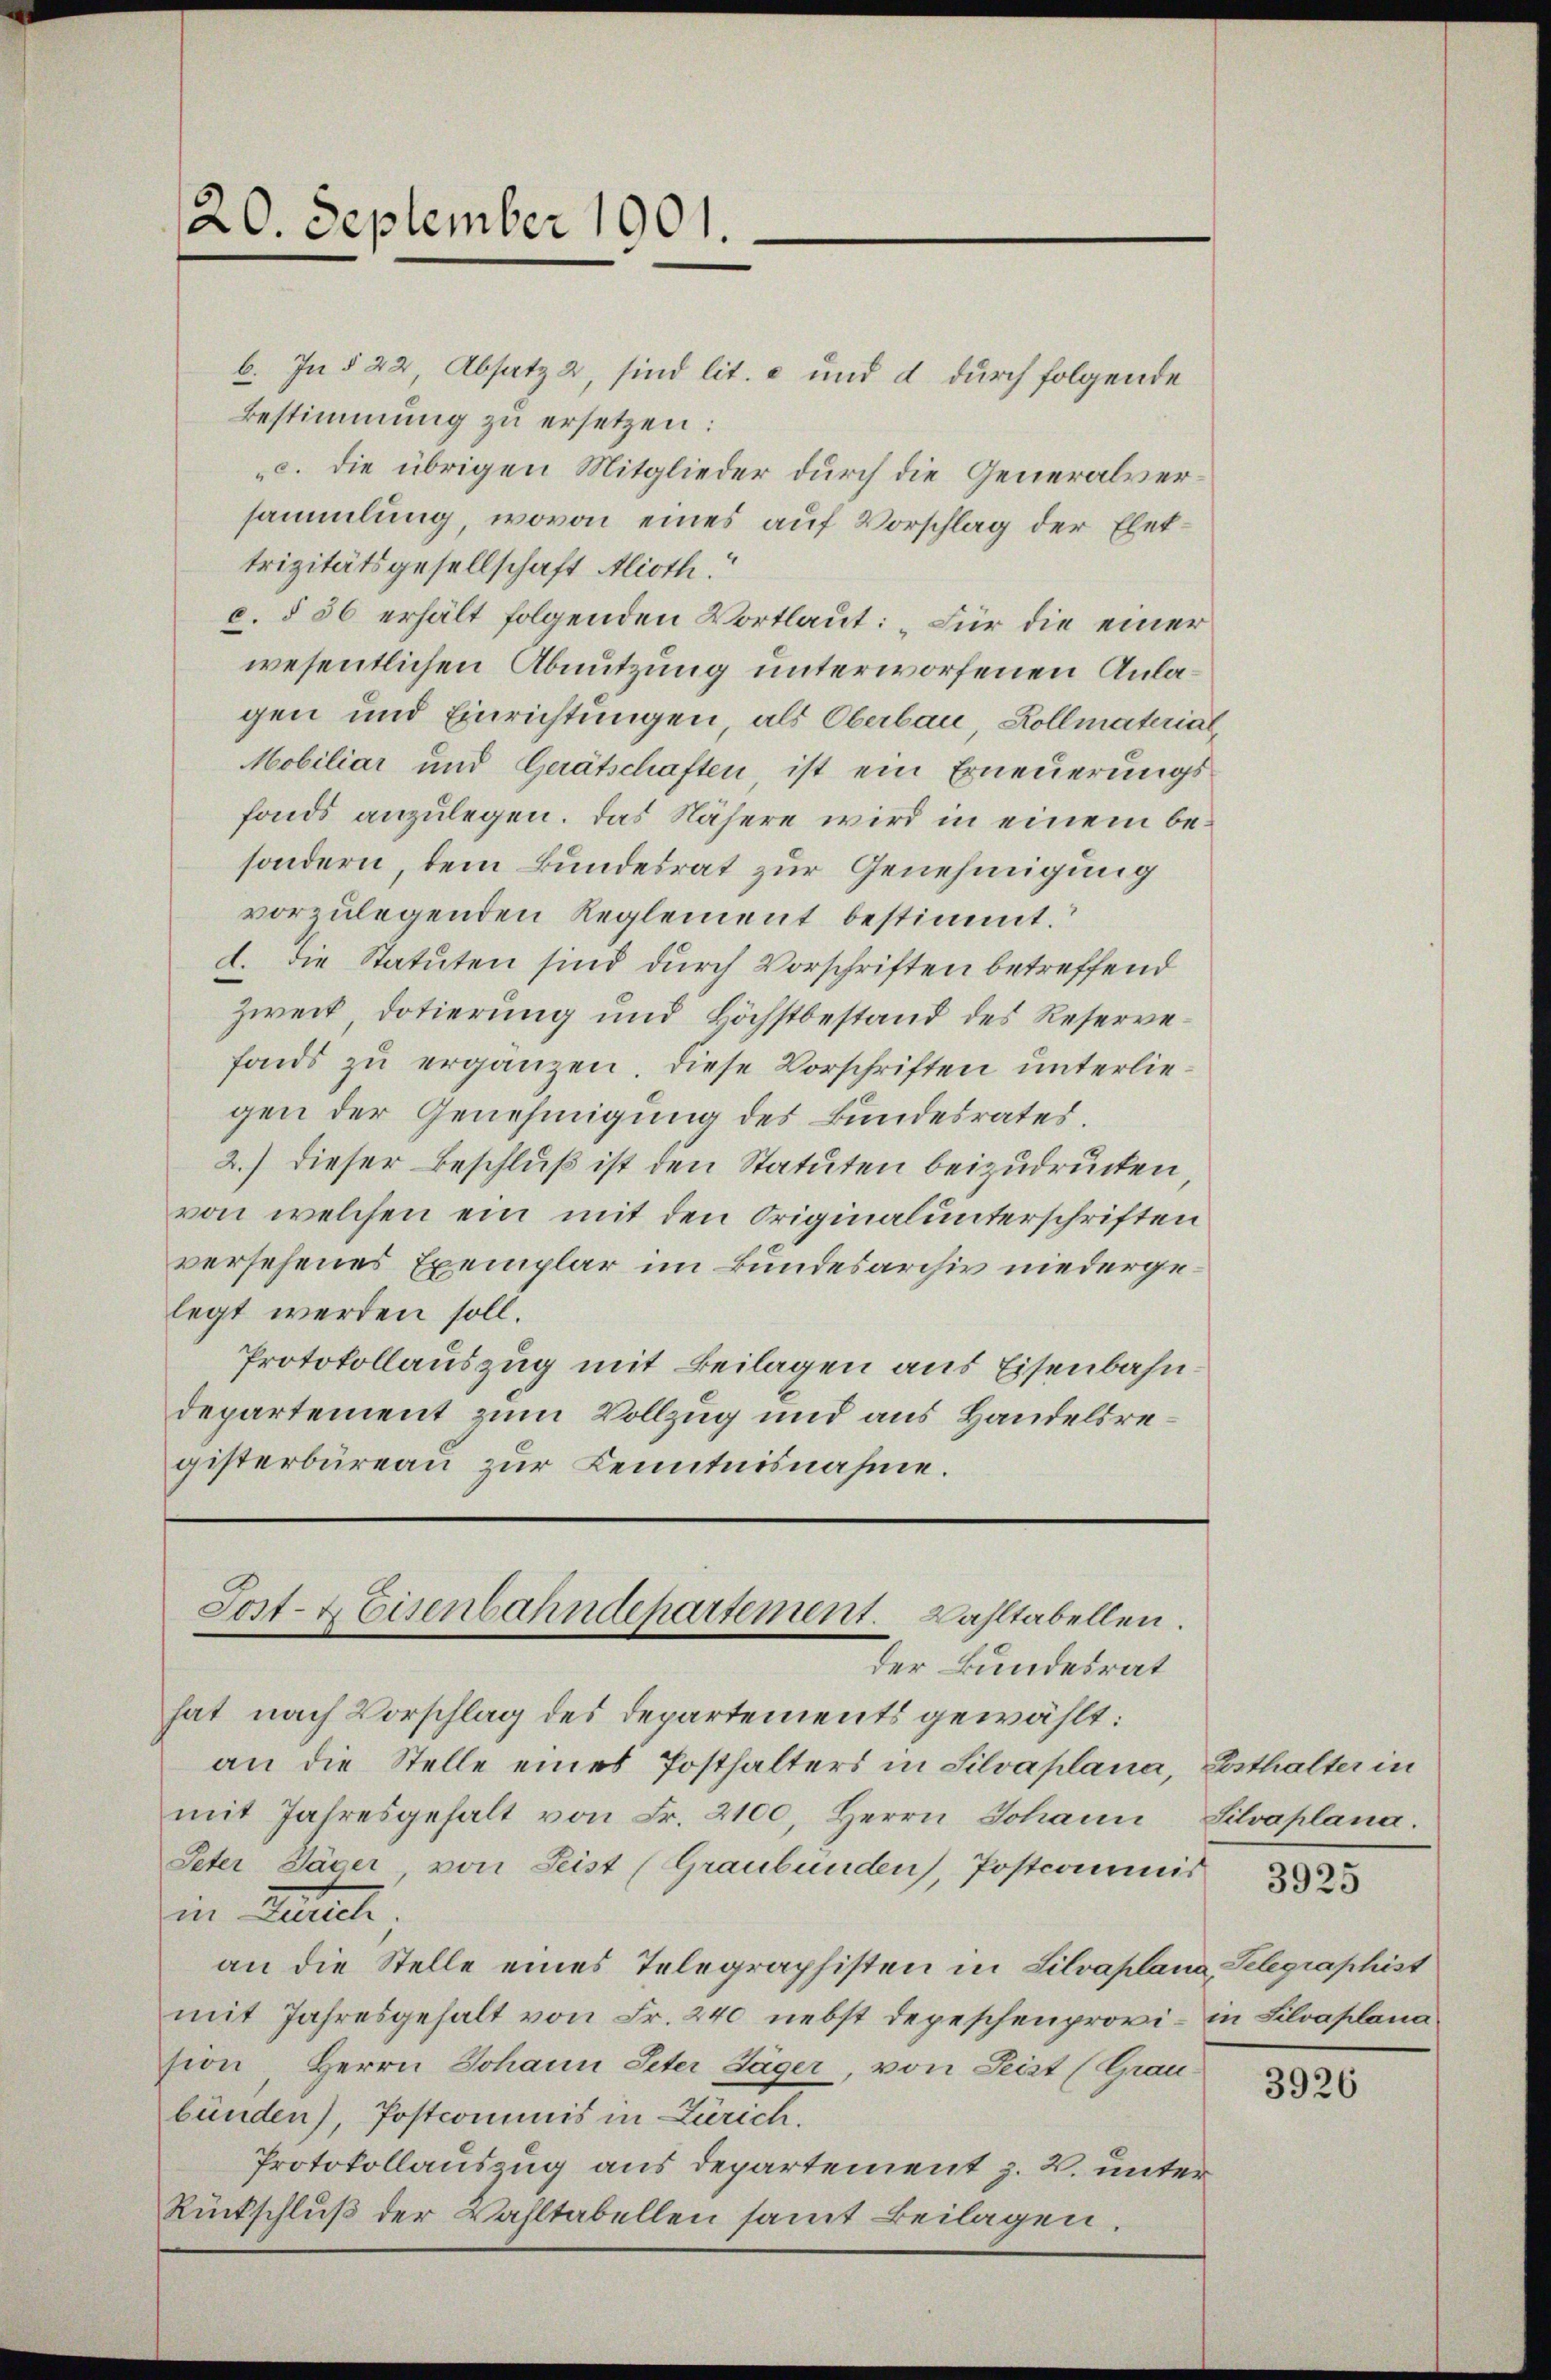
20. September 1901.

Sost- & Eisenbahndepartement. Wahltabellen.
der Bundesrat

b. In § 22, Absatz 2, sind lit. c und d. durch folgende
Bestimmung zu ersetzen:
c. die übrigen Mitglieder durch die Generalversammlung, wovon eines auf Vorschlag der Ehettrizitätsgesellschaft Alioth
c. § 56 erhält folgenden Wortlaut: „Für die einer
wesentlichen Abnutzung unterworfenen Anlagen und Einrichtungen, als Oberbau, Kollmaterial
Mobiliar und Gerätschaften ist ein Erneuerungsfonds anzulegen. Das Nähere wird in einem besondern, dem Bundesrat zur Genehmigung
vorzulegenden Reglement bestimmt.
d. Die Statuten sind durch Vorschriften betreffend
Zweck, Dotierung und Höchstbestand des Reservefonds zu ergänzen. Diese Vorschriften unterliegen der Genehmigung des Bundesrates.
2.) dieser Beschluß ist den Statuten beizudrücken
von welchen ein mit den Originalunterschriften
versehenes Exemplar im Bundesarchiv niedergelegt werden soll.
Protokollauszug mit Beilagen aus Eisenbahndepartement zum Vollzug und aus Handelsregisterbüreau zur Kenntnisnahme.

hat nach Vorschlag des Departements gewählt:
an die Stelle eines Posthalters in Silvaplana, Esthalter in
mit Jahresgehalt von Fr. 2100, Herrn Johann Silvaplana.
Peter Jäger, von Leist (Graubünden, Postcommis
in Bereche;
an die Stelle eines Telegraphisten in Silvaplana, Gelegraphist
mit Jahresgehalt von Fr. 240 nebst depeschenprovi- in Silvaplana
sion, Herrn Johann Peter Jäger, von Seit (Graubünden), Postcommis in Zürich.
Protokollauszug aus departement z. B. unter¬
Rückschluß der Wahltabellen samt Beilagen.

3926